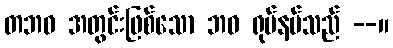
တဘဝ အတွင်းဖြစ်သော ဘဝ ရုပ်နမ်သည် --။